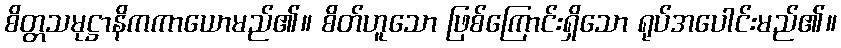
စိတ္တသမုဋ္ဌာနိကကာယောမည်၏။ စိတ်ဟူသော ဖြစ်ကြောင်းရှိသော ရုပ်အပေါင်းမည်၏။